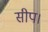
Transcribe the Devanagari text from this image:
सीप।